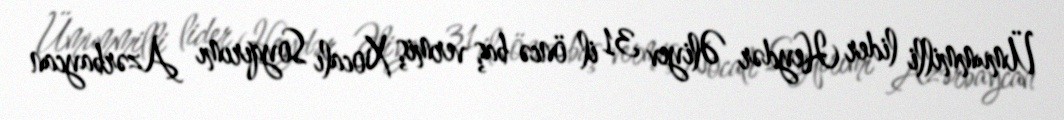
Ümummilli lider Heydər Əliyev 31 il öncə baş vermiş Xocalı Soyqırımı Azərbaycan